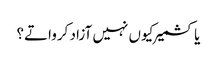
یا کشمیر کیوں نہیں آزاد کرواتے؟